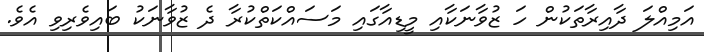
އަމިއްލަ ދާއިރާތަކުން ހަ ޒުވާނަކާއި މީޑިއާގައި މަސައްކަތްކުރާ ދެ ޒުވާނަކު ބައިވެރިވި އެވެ.